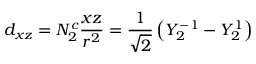
d _ { x z } = N _ { 2 } ^ { c } { \frac { x z } { r ^ { 2 } } } = { \frac { 1 } { \sqrt { 2 } } } \left( Y _ { 2 } ^ { - 1 } - Y _ { 2 } ^ { 1 } \right)